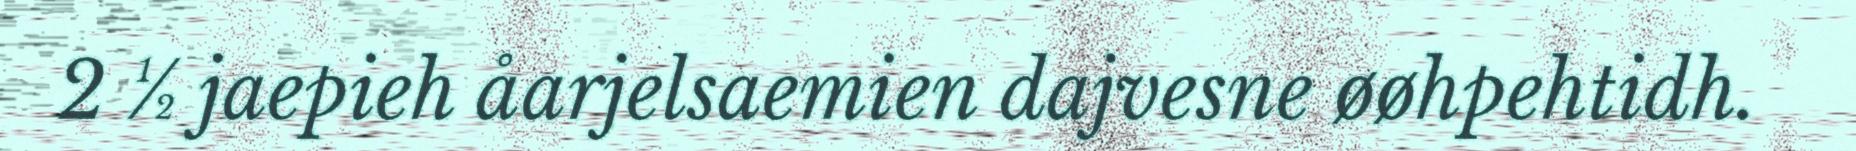
2 ½ jaepieh åarjelsaemien dajvesne øøhpehtidh.